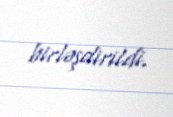
birləşdirildi.